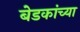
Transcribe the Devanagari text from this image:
बेडकांच्या